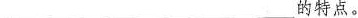
___的特点。